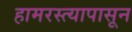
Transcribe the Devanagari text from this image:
हामरस्त्यापासून